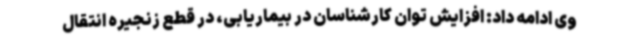
وی ادامه داد: افزایش توان کارشناسان در بیماریابی، در قطع زنجیره انتقال